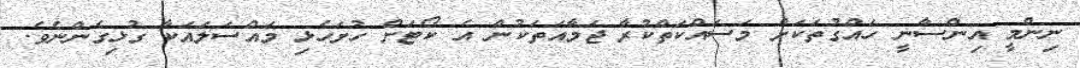
ނިންމީ އިންސާނީ ހައްގުތަކަށް މަސައްކަތްކުރާ ޖަމާއަތަކުން އެ ކޯޓަށް ހުށަހެޅި މައްސަލައަކާ ގުޅިގެންނެވެ.